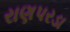
રાણપરડા